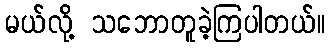
မယ်လို့ သဘောတူခဲ့ကြပါတယ်။